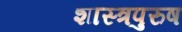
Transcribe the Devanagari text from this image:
शास्त्रपुरुष